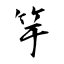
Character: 竽